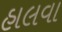
હાલવા